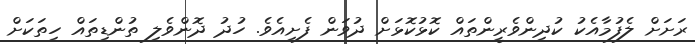
ރަށަށް ލެފުމާއެކު ކުދިންވެރީންތައް ކޮޅުކޮޅަށް ދުވަން ފެށިއެވެ. ހުދު ދޮންވެލި ތުންޑިތައް ހިތަކަށް